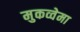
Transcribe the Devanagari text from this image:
मुकव्वेमा